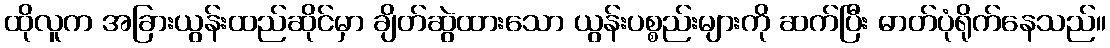
ထိုလူက အခြားယွန်းထည်ဆိုင်မှာ ချိတ်ဆွဲထားသော ယွန်းပစ္စည်းများကို ဆက်ပြီး ဓာတ်ပုံရိုက်နေသည်။